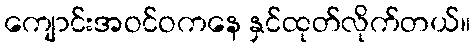
ကျောင်းအဝင်ဝကနေ နှင်ထုတ်လိုက်တယ်။